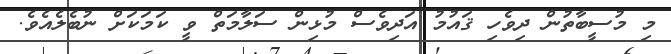
މި މުސީބާތުން ދިވެހި ޤައުމު އަދިވެސް މުޅިން ސަލާމަތް ވީ ކަމަކަށް ނުބެލެއެވެ.